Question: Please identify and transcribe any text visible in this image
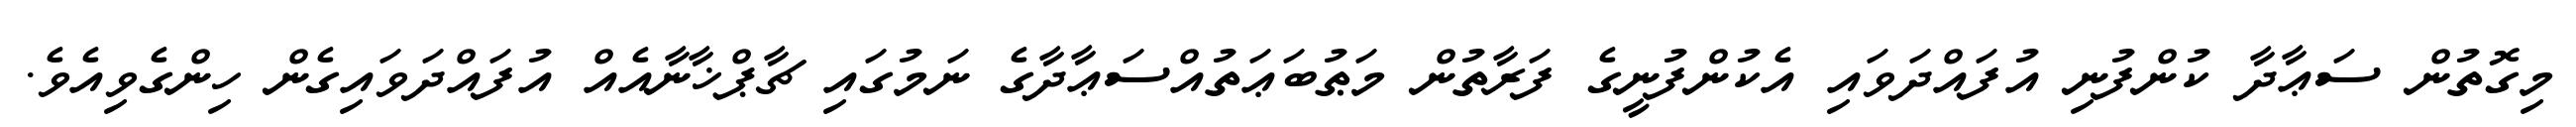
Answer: މިގޮތުން ސަޢާދާ ކުންފުނި އުފައްދަވައި އެކުންފުނީގެ ފަރާތުން މަޠުބަޢަތުއްސަޢާދާގެ ނަމުގައި ޗާޕްޚާނާއެއް އުފައްދަވައިގެން ހިންގެވިއެވެ.